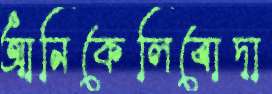
আনিকেলিবোদা